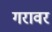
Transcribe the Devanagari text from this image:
गरावर